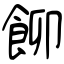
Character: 飹